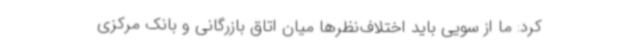
کرد: ما از سویی باید اختلاف‌نظرها میان اتاق بازرگانی و بانک مرکزی